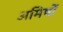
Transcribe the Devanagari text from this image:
अमिषों